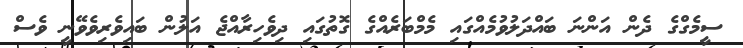
ސީމެގްގެ ދެން އަންނަ ބައްދަލުވުމެއްގައި މެމްބަރެއްގެ ގޮތުގައި ދިވެހިރާއްޖެ އަލުން ބައިވެރިވެވޭނީ ވެސް